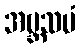
အဗ္ဘသမံ